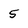
Character: 5